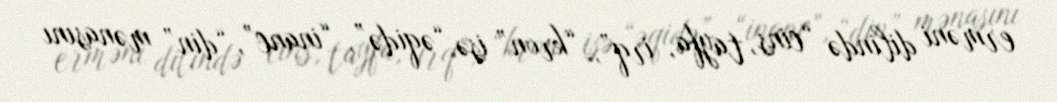
erməni dilində “cins, tayfa, irq”, “kron” isə “əqidə”, “inanc”, “din” mənasını